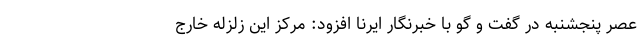
عصر پنجشنبه در گفت و گو با خبرنگار ایرنا افزود: مرکز این زلزله خارج